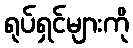
ရုပ်ရှင်များကို